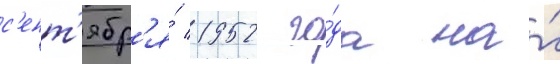
с'ент'ябр'я́ 1952 го́да на́